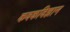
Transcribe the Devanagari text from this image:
कवकविज्ञान